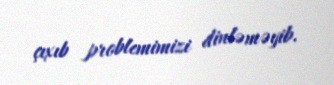
çıxıb problemimizi dinləməyib.